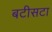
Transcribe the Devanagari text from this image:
बटीसटा